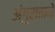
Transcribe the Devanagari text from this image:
अंगुस्ताने